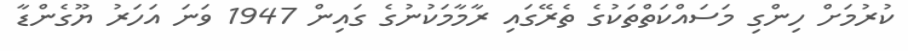
ކުރުމަށް ހިންގި މަސައްކަތްތަކުގެ ތެރޭގައި ރާމާމަކުނުގެ ގައިން 1947 ވަނަ އަހަރު ޔޫގެންޑާ